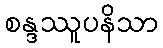
စန္ဒဿူပနိသာ